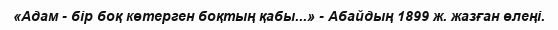
«Адам - бір боқ көтерген боқтың қабы...» - Абайдың 1899 ж. жазған өлеңі.